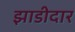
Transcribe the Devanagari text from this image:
झाडीदार